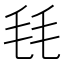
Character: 㲎